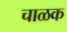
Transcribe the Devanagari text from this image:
चाळक